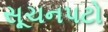
સૂચનપટો